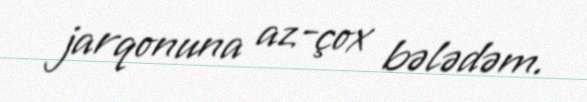
jarqonuna az-çox bələdəm.